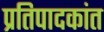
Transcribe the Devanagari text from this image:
प्रतिपादकांत